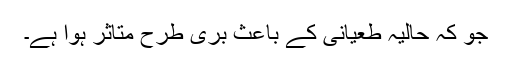
جو کہ حالیہ طعیانی کے باعث بری طرح متاثر ہوا ہے۔